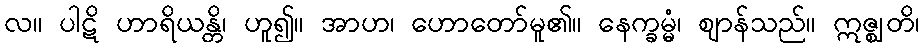
လ။ ပါဋိ ဟာရိယန္တိ၊ ဟူ၍။ အာဟ၊ ဟောတော်မူ၏။ နေက္ခမ္မံ၊ ဈာန်သည်။ ဣဇ္ဈတိ၊